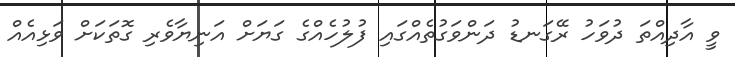
ވީ އާދިއްތަ ދުވަހު ރޭގަނޑު ދަންވަގުތެއްގައި ފުލުހެއްގެ ގަޔަށް އަނިޔާވެރި ގޮތަކަށް ވަޅިއެއް